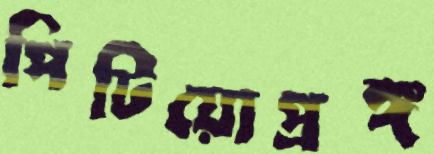
পিটিয়োপ্রঙ্গ